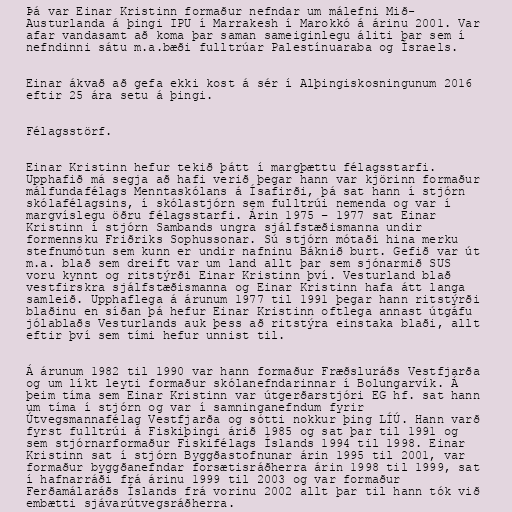
Þá var Einar Kristinn formaður nefndar um málefni Mið-
Austurlanda á þingi IPU í Marrakesh í Marokkó á árinu 2001. Var
afar vandasamt að koma þar saman sameiginlegu áliti þar sem í
nefndinni sátu m.a.bæði fulltrúar Palestínuaraba og Ísraels.

Einar ákvað að gefa ekki kost á sér í Alþingiskosningunum 2016
eftir 25 ára setu á þingi.

Félagsstörf.

Einar Kristinn hefur tekið þátt í margþættu félagsstarfi.
Upphafið má segja að hafi verið þegar hann var kjörinn formaður
málfundafélags Menntaskólans á Ísafirði, þá sat hann í stjórn
skólafélagsins, í skólastjórn sem fulltrúi nemenda og var í
margvíslegu öðru félagsstarfi. Árin 1975 – 1977 sat Einar
Kristinn í stjórn Sambands ungra sjálfstæðismanna undir
formennsku Friðriks Sophussonar. Sú stjórn mótaði hina merku
stefnumótun sem kunn er undir nafninu Báknið burt. Gefið var út
m.a. blað sem dreift var um land allt þar sem sjónarmið SUS
voru kynnt og ritstýrði Einar Kristinn því. Vesturland blað
vestfirskra sjálfstæðismanna og Einar Kristinn hafa átt langa
samleið. Upphaflega á árunum 1977 til 1991 þegar hann ritstýrði
blaðinu en síðan þá hefur Einar Kristinn oftlega annast útgáfu
jólablaðs Vesturlands auk þess að ritstýra einstaka blaði, allt
eftir því sem tími hefur unnist til.

Á árunum 1982 til 1990 var hann formaður Fræðsluráðs Vestfjarða
og um líkt leyti formaður skólanefndarinnar í Bolungarvík. Á
þeim tíma sem Einar Kristinn var útgerðarstjóri EG hf. sat hann
um tíma í stjórn og var í samninganefndum fyrir
Útvegsmannafélag Vestfjarða og sótti nokkur þing LÍÚ. Hann varð
fyrst fulltrúi á Fiskiþingi árið 1985 og sat þar til 1991 og
sem stjórnarformaður Fiskifélags Íslands 1994 til 1998. Einar
Kristinn sat í stjórn Byggðastofnunar árin 1995 til 2001, var
formaður byggðanefndar forsætisráðherra árin 1998 til 1999, sat
í hafnarráði frá árinu 1999 til 2003 og var formaður
Ferðamálaráðs Íslands frá vorinu 2002 allt þar til hann tók við
embætti sjávarútvegsráðherra.